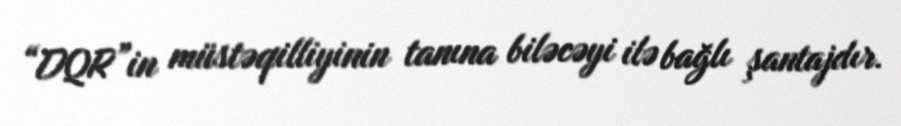
“DQR”in müstəqilliyinin tanına biləcəyi ilə bağlı şantajdır.